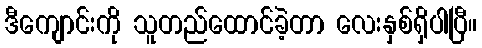
ဒီကျောင်းကို သူတည်ထောင်ခဲ့တာ လေးနှစ်ရှိပါပြီ။